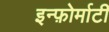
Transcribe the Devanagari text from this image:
इन्फ़ोर्माटी